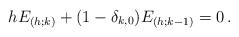
LaTeX: \begin{align*} hE_{(h;k)} + (1-\delta_{k,0})E_{(h;k-1)} = 0\,.\end{align*}